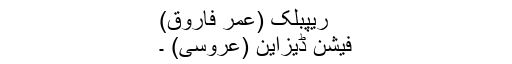
ریپبلک (عمر فاروق)
فیشن ڈیزاین (عروسی) ۔